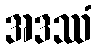
အဒဿံ